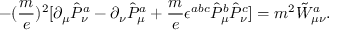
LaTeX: - ( \frac { m } { e } ) ^ { 2 } [ \partial _ { \mu } \hat { P } _ { \nu } ^ { a } - \partial _ { \nu } \hat { P } _ { \mu } ^ { a } + \frac { m } { e } \epsilon ^ { a b c } \hat { P } _ { \mu } ^ { b } \hat { P } _ { \nu } ^ { c } ] = m ^ { 2 } \tilde { W } _ { \mu \nu } ^ { a } .